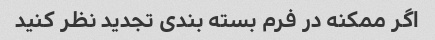
اگر ممکنه در فرم بسته بندی تجدید نظر کنید